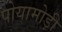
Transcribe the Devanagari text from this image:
पोयामोड़ी